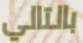
بالتالي